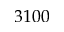
3 1 0 0